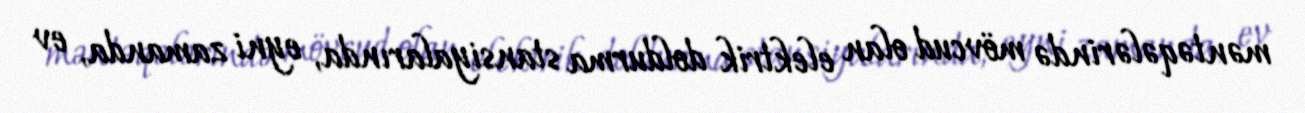
məntəqələrində mövcud olan elektrik doldurma stansiyalarında, eyni zamanda, ev